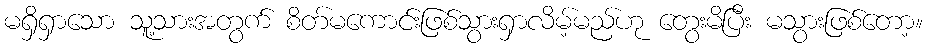
မရှိရှာသော သူ့သားအတွက် စိတ်မကောင်းဖြစ်သွားရှာလိမ့်မည်ဟု တွေးမိပြီး မသွားဖြစ်တော့။